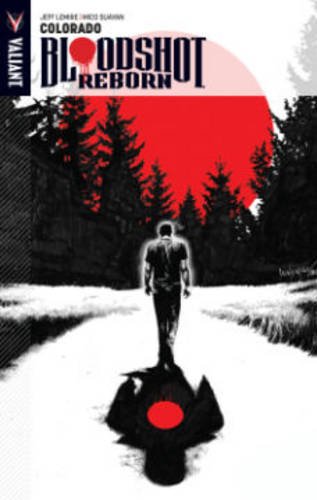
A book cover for Bloodshot Reborn Volume 1: Colorado (Bloodshot Reborn Tp); Jeff Lemire; Comics & Graphic Novels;